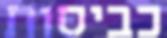
כביסות